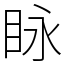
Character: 眿